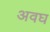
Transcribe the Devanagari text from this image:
अवघ